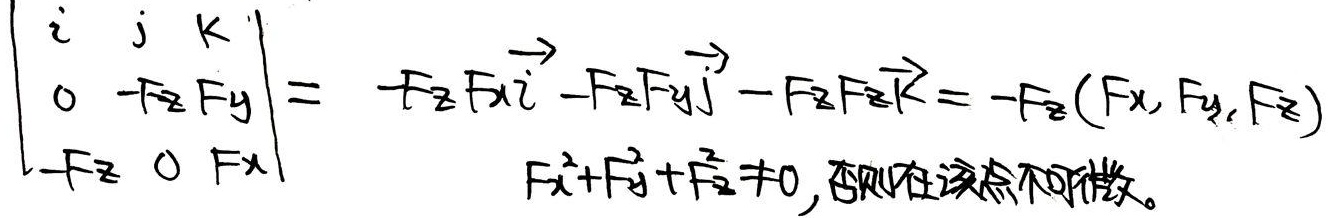
若\(F_{x}^{2}+F_{y}^{2}+F_{z}^{2}\neq0\)，有
\[
\begin{vmatrix}
\boldsymbol{i} & \boldsymbol{j} & \boldsymbol{k}\\
0 & -F_{z} & F_{y}\\
-F_{z} & 0 & F_{x}
\end{vmatrix}=-F_{z}F_{x}\overrightarrow{\boldsymbol{i}}-F_{z}F_{y}\overrightarrow{\boldsymbol{j}}-F_{z}F_{z}\overrightarrow{\boldsymbol{k}}=-F_{z}(F_{x},F_{y},F_{z})
\]
否则在该点不可微。